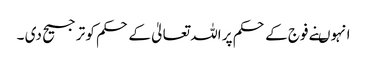
انہوںنے فوج کے حکم پر اللہ تعالیٰ کے حکم کو ترجیح دی ۔